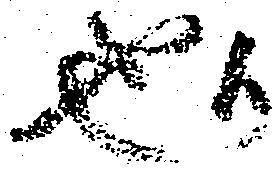
也